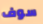
سوف